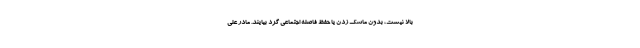
بالا نیست، بدون ماسک زدن یا حفظ فاصله اجتماعی گرد بیایند. مادر علی